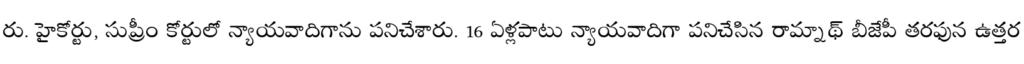
రు. హైకోర్టు, సుప్రీం కోర్టులో న్యాయవాదిగాను పనిచేశారు. 16 ఏళ్లపాటు న్యాయవాదిగా పనిచేసిన రామ్నాథ్ బీజేపీ తరఫున ఉత్తర